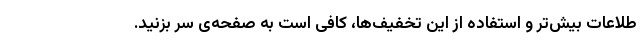
طلاعات بیش‌تر و استفاده از این تخفیف‌ها، کافی است به صفحه‌ی سر بزنید.